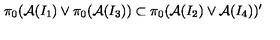
\pi _ { 0 } ( { \cal A } ( I _ { 1 } ) \vee \pi _ { 0 } ( { \cal A } ( I _ { 3 } ) ) \subset \pi _ { 0 } ( { \cal A } ( I _ { 2 } ) \vee { \cal A } ( I _ { 4 } ) ) ^ { \prime }